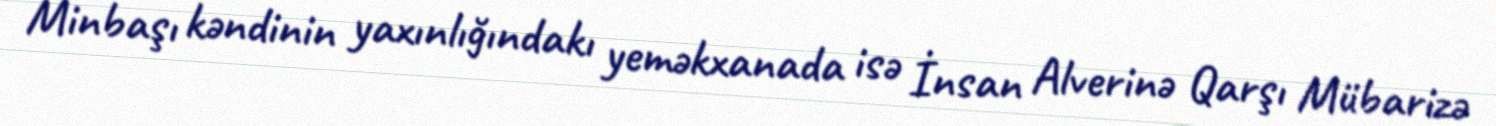
Minbaşı kəndinin yaxınlığındakı yeməkxanada isə İnsan Alverinə Qarşı Mübarizə